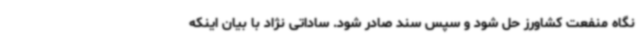
نگاه منفعت کشاورز حل شود و سپس سند صادر شود. ساداتی نژاد با بیان اینکه